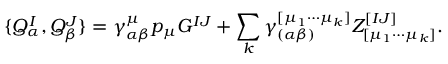
\{ Q _ { \alpha } ^ { I } , Q _ { \beta } ^ { J } \} = \gamma _ { \alpha \beta } ^ { \mu } p _ { \mu } G ^ { I J } + \sum _ { k } \gamma _ { ( \alpha \beta ) } ^ { [ \mu _ { 1 } \cdots \mu _ { k } ] } Z _ { [ \mu _ { 1 } \cdots \mu _ { k } ] } ^ { [ I J ] } .